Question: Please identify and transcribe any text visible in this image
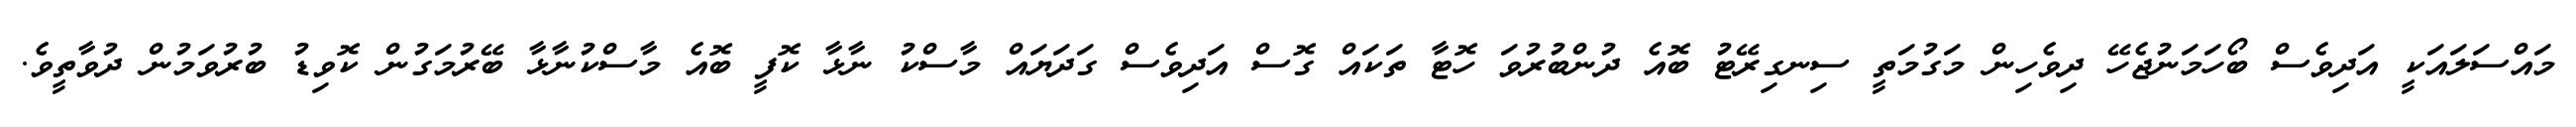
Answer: މައްސަލައަކީ އަދިވެސް ބޯހަމަނުޖެހޭ ދިވެހިން މަގުމަތީ ސިނގިރޭޓު ބޮއެ ދުންބުރުވަ ހޮޓާ ތަކައް ގޮސް އަދިވެސް ގަދަޔައް މާސްކު ނާޅާ ކޮފީ ބޮއެ މާސްކުނާޅާ ބޭރުމަގުން ކޮވިޑު ބުރުވަމުން ދުވާތީވެ.